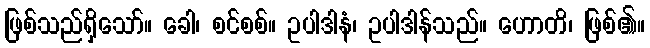
ဖြစ်သည်ရှိသော်။ ခေါ၊ စင်စစ်။ ဥပါဒါနံ၊ ဥပါဒါန်သည်။ ဟောတိ၊ ဖြစ်၏။